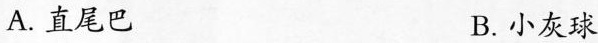
A.直尾巴 B.小灰球